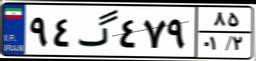
۱۵گ۱۸۸۹۸